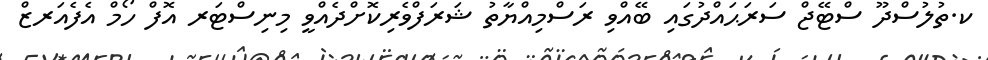
ކ.ތުލުސްދޫ ސްޓޭޖް ސަރަޙައްދުގައި ބޭއްވި ރަސްމިއްޔާތު ޝަރަފްވެރިކޮށްދެއްވީ މިނިސްޓަރ އޮފް ހޯމް އެފެއަރޒް